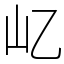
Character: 𡴭